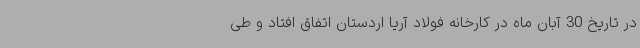
در تاریخ 30 آبان ماه در کارخانه فولاد آریا اردستان اتفاق افتاد و طی